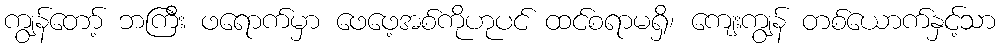
ကျွန်တော့် ဘကြီး ဖရောက်မှာ ဖေဖေ့အစ်ကိုဟုပင် ထင်စရာမရှိ၊ ကျေးကျွန် တစ်ယောက်နှင့်သာ